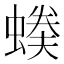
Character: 𧏉